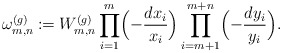
\begin{align*}\omega^{(g)}_{m,n}\coloneqq W^{(g)}_{m,n}\prod_{i=1}^m \Bigl(-\frac{dx_i}{x_i}\Bigr)\prod_{i=m+1}^{m+n} \Bigl(-\frac{dy_i}{y_i}\Bigr).\end{align*}